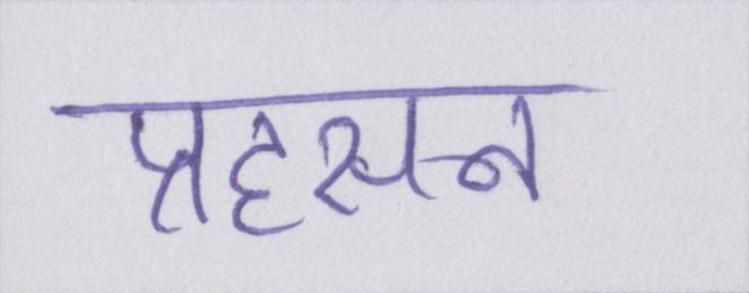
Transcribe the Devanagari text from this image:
प्रहसन